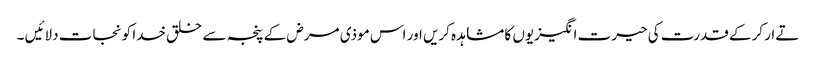
تےار کرکے قدرت کی حیرت انگیزیوں کا مشاہدہ کریں اور اس موذی مرض کے پنجہ سے خلق خدا کو نجات دلائیں ۔